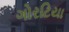
ગોરટિયા